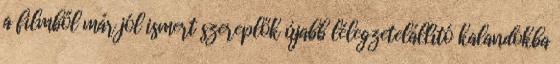
a filmből már jól ismert szereplők újabb lélegzetelállító kalandokba